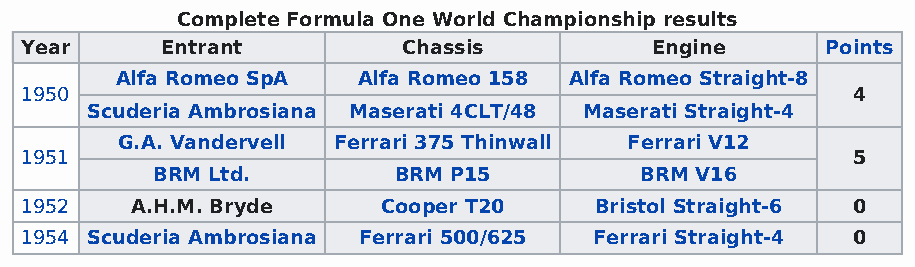
Complete Formula One World Championship results
 Year      Entrant         Chassis         Engine      Points
 Alfa Romeo SpA  Alfa Romeo 158 Alfa Romeo Straight-8
 1950                                                   4
 Scuderia Ambrosiana Maserati 4CLT/48 Maserati Straight-4
 G.A. Vandervell Ferrari 375 Thinwall Ferrari V12
 1951                                                   5
 BRM Ltd.        BRM P15         BRM V16
 1952    A.H.M. Bryde    Cooper T20    Bristol Straight-6 0
 1954 Scuderia Ambrosiana Ferrari 500/625 Ferrari Straight-4 0